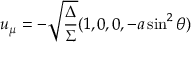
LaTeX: u _ { \mu } = - \sqrt { \frac { \Delta } { \Sigma } } ( 1 , 0 , 0 , - a \sin ^ { 2 } \theta )